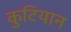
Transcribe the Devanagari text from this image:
कुटियान